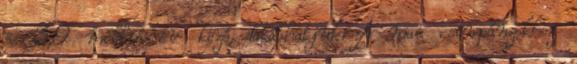
és 3,9 millió év közé datálhatjuk. A mai csimpánzokhoz